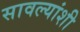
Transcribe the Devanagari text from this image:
सावल्यांशी